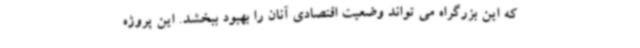
که این بزرگراه می تواند وضعیت اقتصادی آنان را بهبود ببخشد. این پروژه